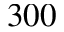
3 0 0